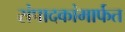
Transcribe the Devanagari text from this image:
संपादकांमार्फत